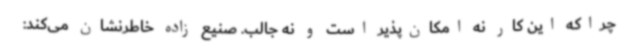
چراکه این کار نه امکان‌پذیر است و نه جالب. صنیع زاده خاطرنشان می‌کند: